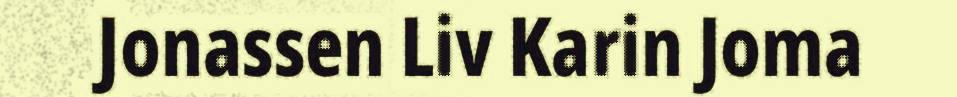
Jonassen Liv Karin Joma